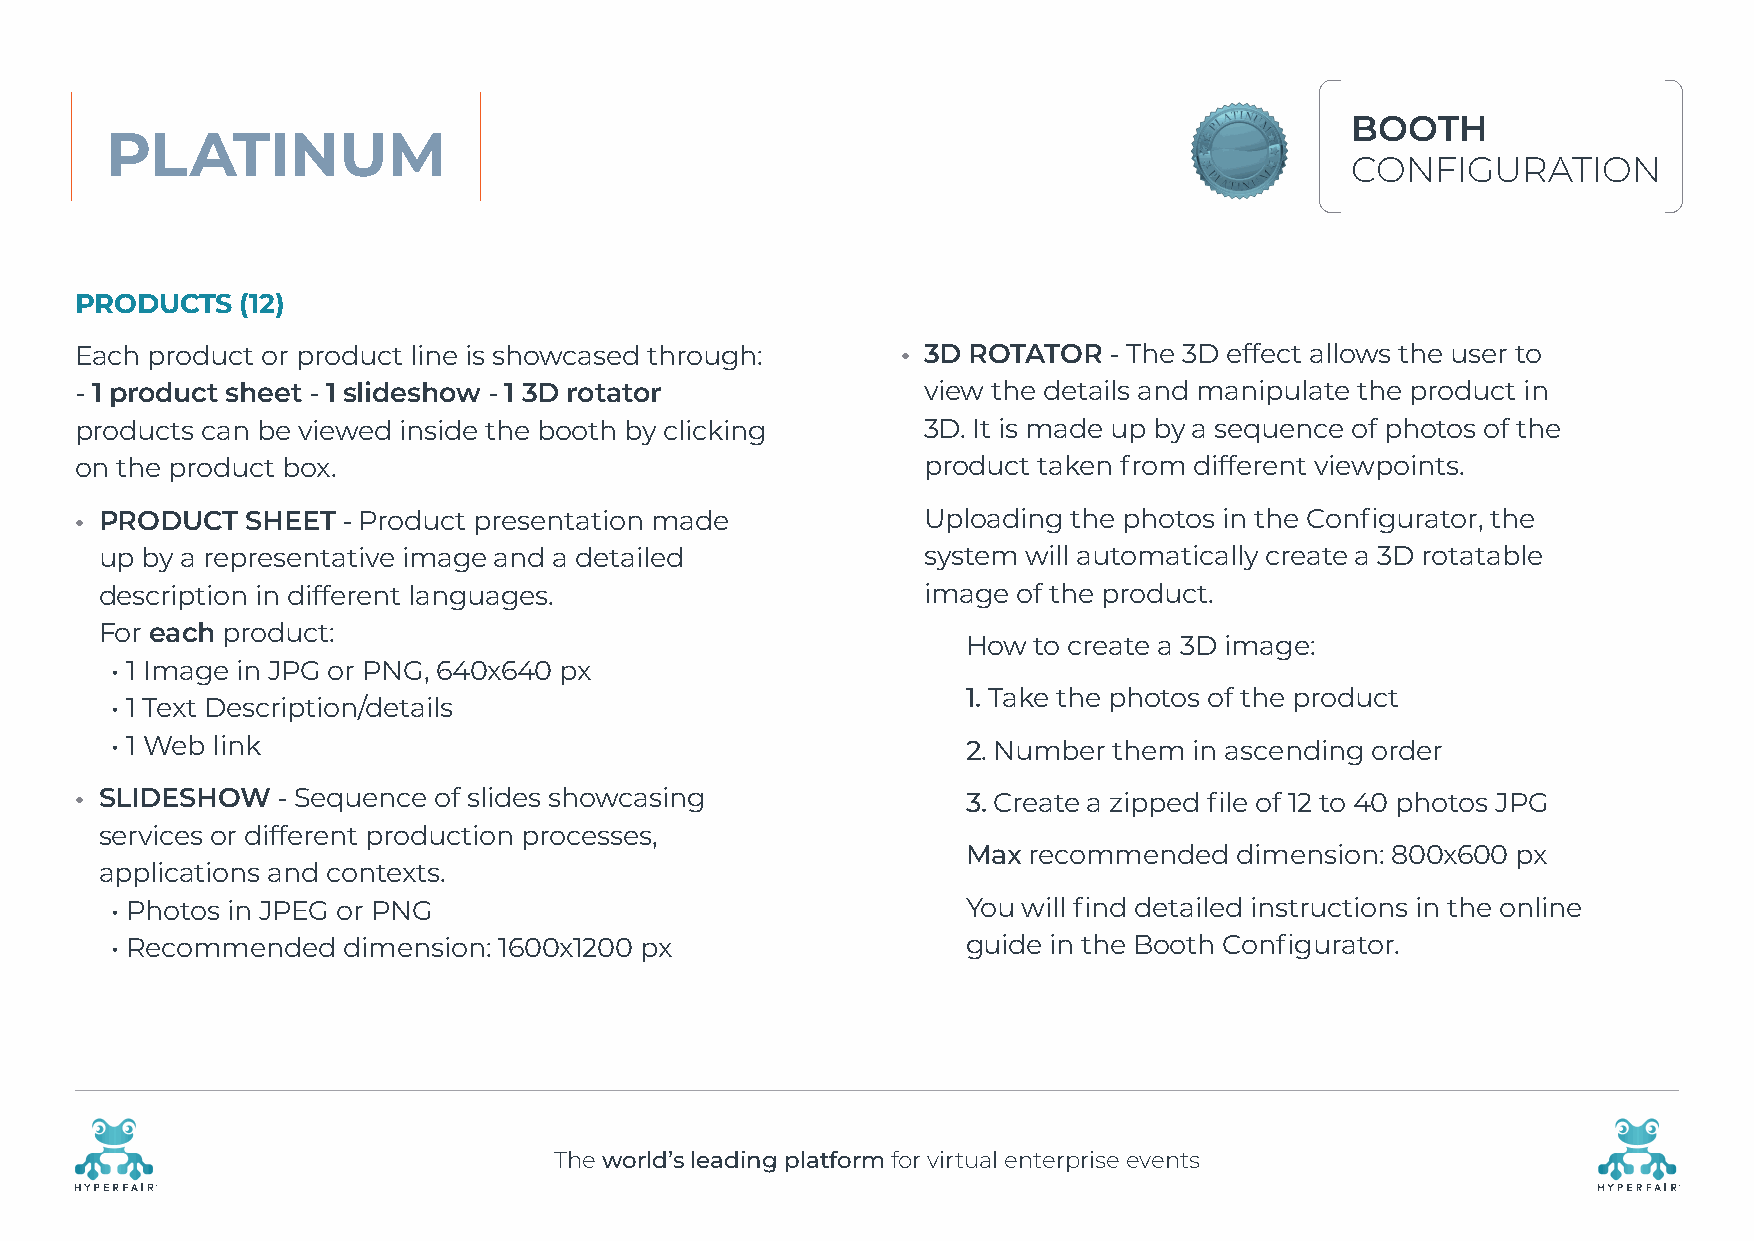
BOOTH
 PLATINUM
 CONFIGURATION
 PRODUCTS   (12)
 Each product or product line is showcased through:     • 3D ROTATOR - The 3D effect allows the user to
 - 1 product sheet - 1 slideshow - 1 3D rotator          view the details and manipulate the product in
 products can be viewed inside the booth by clicking     3D. It is made up by a sequence of photos of the
 on the product box.                                     product taken from different viewpoints.
 • PRODUCT  SHEET  - Product presentation made           U ploading the photos in the Configurator, the
 up by a representative image and a detailed           system will automatically create a 3D rotatable
 description in different languages.                   image of the product.
 For each product:
 How to create a 3D image:
 • 1 Image in JPG or PNG, 640x640 px
 1. Take the photos of the product
 • 1 Text Description/details
 • 1 Web link                                             2. Number them in ascending order
 • S LIDESHOW - Sequence of slides showcasing               3. Create a zipped file of 12 to 40 photos JPG
 services or different production processes,
 Max recommended   dimension: 800x600 px
 applications and contexts.
 • Photos in JPEG or PNG                                  You will find detailed instructions in the online
 • Recommended   dimension: 1600x1200 px                  guide in the Booth Configurator.
 The world’s leading platform for virtual enterprise events
 R                                                                                                    R